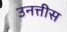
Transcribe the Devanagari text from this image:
उनत्तीस